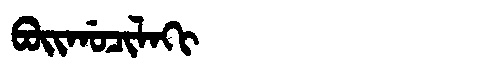
Manchu: ᠪᠣᡳᡤᠣᠴᡳᠯᠠᡴᡳ
Romanization: BOIGOCILAKI